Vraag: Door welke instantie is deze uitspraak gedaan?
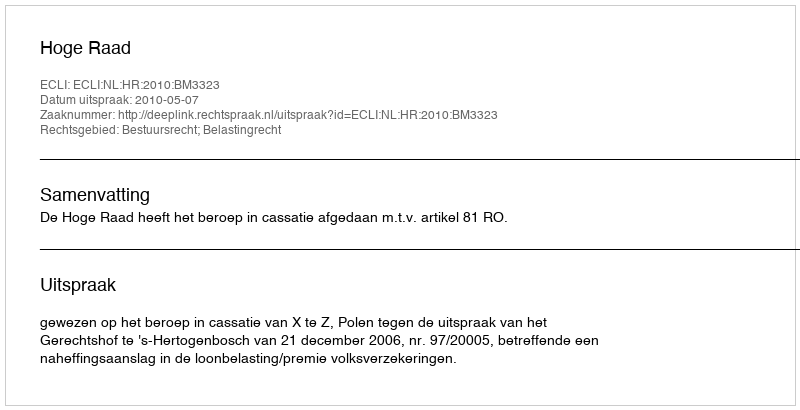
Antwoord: Hoge Raad